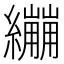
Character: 𦇜